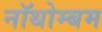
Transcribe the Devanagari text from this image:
नॉथोम्बम